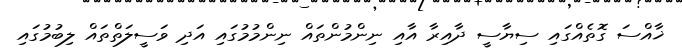
ޚާއްސަ ގޮތެއްގައި ސިޔާސީ ދާއިރާ އާއި ނިންމުންތައް ނިންމުމުގައި އަދި ވަސީލަތްތައް ލިބުމުގައި